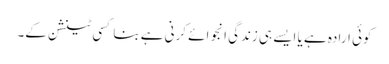
کوئی ارادہ ہے یا ایسے ہی زندگی انجوائے کرنی ہے بنا کسی ٹینشن کے۔